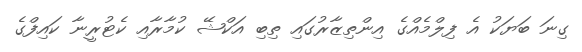
ގިނަ ބަޔަކު އެ ފިލްމެއްގެ އިންތިޒާރުގައި ތިބި އަކްޝޭ ކުމާރާއި ކެޓުރީނާ ކައިފްގެ